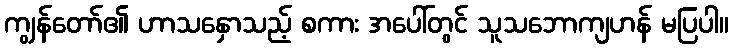
ကျွန်တော်၏ ဟာသနှောသည့် စကား အပေါ်တွင် သူသဘောကျဟန် မပြပါ။